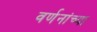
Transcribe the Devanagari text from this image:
वर्णनांच्या